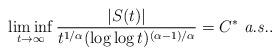
LaTeX: \begin{align*}\liminf_{t \to \infty}\frac{|S(t)|}{t^{1/\alpha}(\log \log t)^{(\alpha-1)/\alpha}} = C^* \mbox{ {\em a.s.}}.\end{align*}